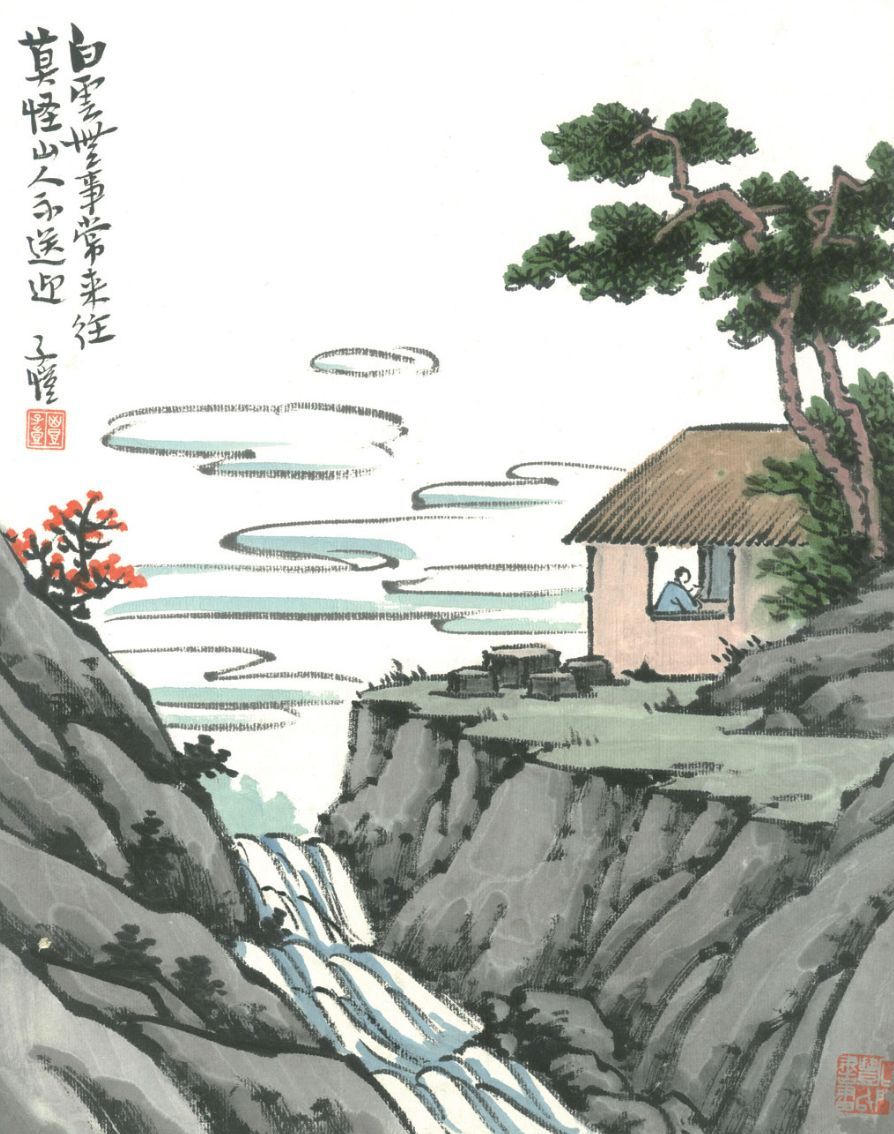
蚕娘洗茧前溪渌，牧童吹笛和衣浴。